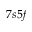
7 s 5 f